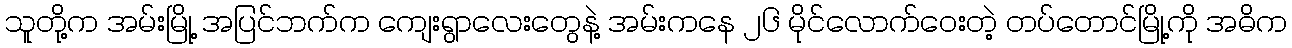
သူတို့က အမ်းမြို့ အပြင်ဘက်က ကျေးရွာလေးတွေနဲ့ အမ်းကနေ ၂၆ မိုင်လောက်ဝေးတဲ့ တပ်တောင်မြို့ကို အဓိက